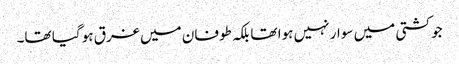
جو کشتی میں سوار نہیں ہوا تھا بلکہ طوفان میں غرق ہو گیا تھا۔